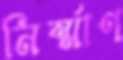
নির্ম্মাণ